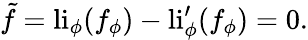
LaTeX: \tilde{f}=\mathrm{li}_{\phi}(f_{\phi})-\mathrm{li}_{\phi}^{\prime}(f_{\phi})=0.